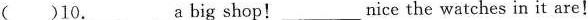
( )10.___ a big shop! ___ nice the watches in it are!